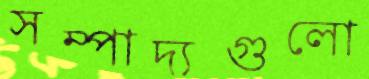
সম্পাদ্যগুলো